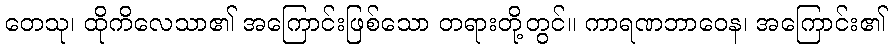
တေသု၊ ထိုကိလေသာ၏ အကြောင်းဖြစ်သော တရားတို့တွင်။ ကာရဏဘာဝေန၊ အကြောင်း၏